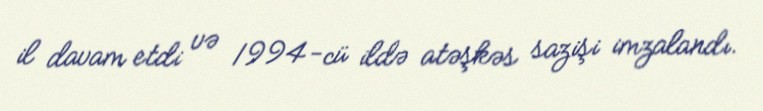
il davam etdi və 1994-cü ildə atəşkəs sazişi imzalandı.